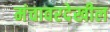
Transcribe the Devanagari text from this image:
मंचावरदेखील